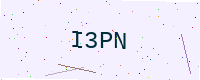
Text: I3PN